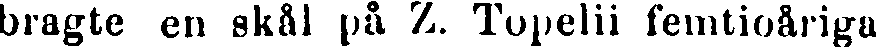
bragte en skål på Z. Topelii femtioåriga